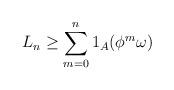
LaTeX: \begin{align*}L_n \ge \sum_{m=0}^{n} 1_{A}(\phi^m\omega ) \end{align*}